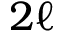
2 \ell